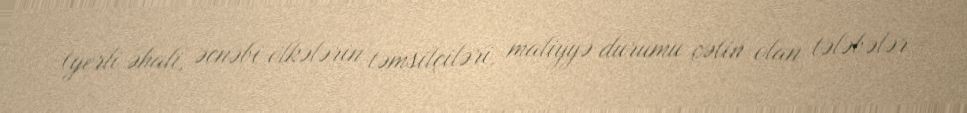
(yerli əhali, əcnəbi ölkələrin təmsilçiləri, maliyyə durumu çətin olan tələbələr